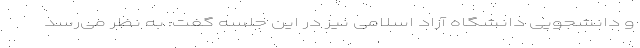
و دانشجویی دانشگاه آزاد اسلامی نیز در این جلسه گفت: به نظر می‌رسد